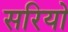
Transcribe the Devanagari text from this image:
सरियो